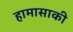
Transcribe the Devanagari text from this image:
हामासाकी